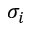
\sigma _ { i }